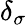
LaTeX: \delta_{\sigma}